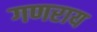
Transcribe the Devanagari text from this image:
गणराय